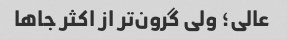
عالی؛ ولی گرون‌تر از اکثر جاها